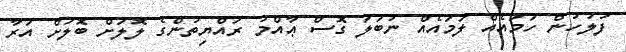
ފުލުހުން ހަމައެއް ލަމައެއް ނުބަލަ ގޮސް ޢާއްމު ރައްޔިތުންގެ ލޮލަށް ބޮލަށް އަރާ